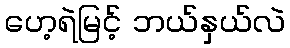
ဟေ့ရဲမြင့် ဘယ်နှယ်လဲ